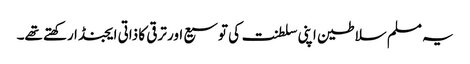
یہ مسلم سلاطین اپنی سلطنت کی توسیع اور ترقی کا ذاتی ایجنڈا رکھتے تھے۔